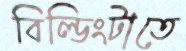
বিল্ডিংটাতে